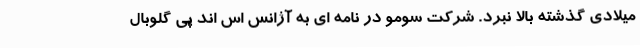
میلادی گذشته بالا نبرد. شرکت سومو در نامه ای به آژانس اس اند پی گلوبال